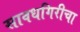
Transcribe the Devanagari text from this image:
सावधगिरीचा